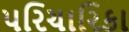
પરિચારિકા